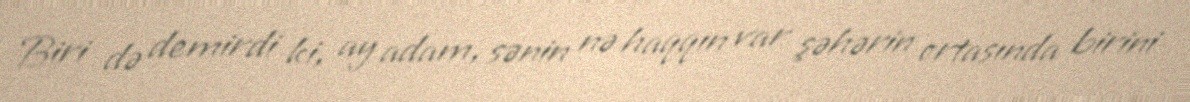
Biri də demirdi ki, ay adam, sənin nə haqqın var şəhərin ortasında birini